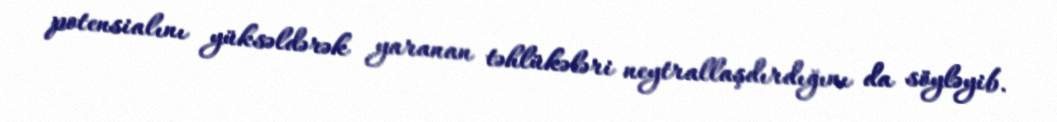
potensialını yüksəldərək yaranan təhlükələri neytrallaşdırdığını da söyləyib.